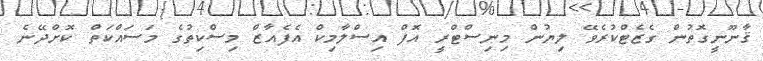
ޤާނޫނީގޮތުން ގެޒެޓްކުރެވޭ ލިޔުން މިނިސްޓްރީ އޮފް އިސްލާމިކް އެފެއާޒް މިސްކިތުގެ މަސައްކަތް ކޮށްދޭނެ